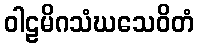
ဝါဠမိဂသံဃသေဝိတံ